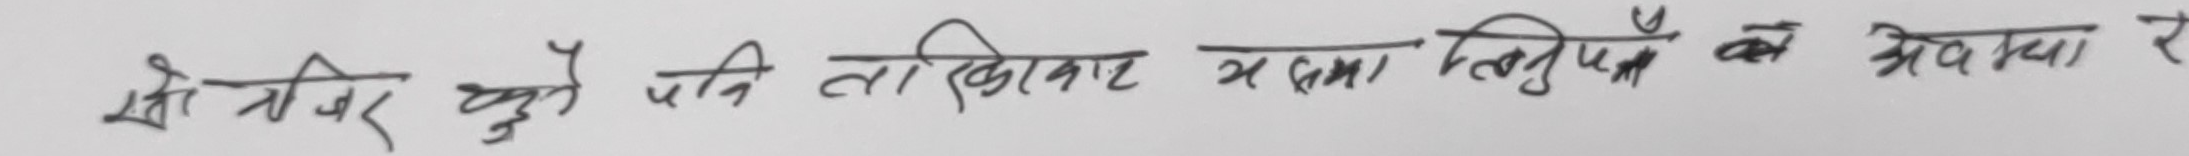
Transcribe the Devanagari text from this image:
सो तसर को पुनि तोसिखार र समा तिलुपेन को अवस्या र